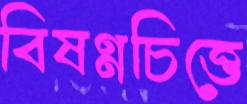
বিষণ্নচিত্তে